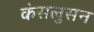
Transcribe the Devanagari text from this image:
कंसलुसन